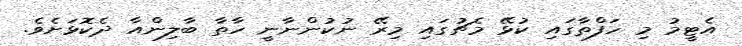
އެޓީމު މި ހަފްތާގައި ކުޅޭ މެޗުގައި މިރޭ ނުކުންނާނީ ހާތާ ބާލިންއާ ދެކޮޅަށެވެ.